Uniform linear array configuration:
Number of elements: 48
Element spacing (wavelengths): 0.5
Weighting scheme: blackman
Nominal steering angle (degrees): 15
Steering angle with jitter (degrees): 16.032
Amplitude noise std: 0.05
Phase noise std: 0.05

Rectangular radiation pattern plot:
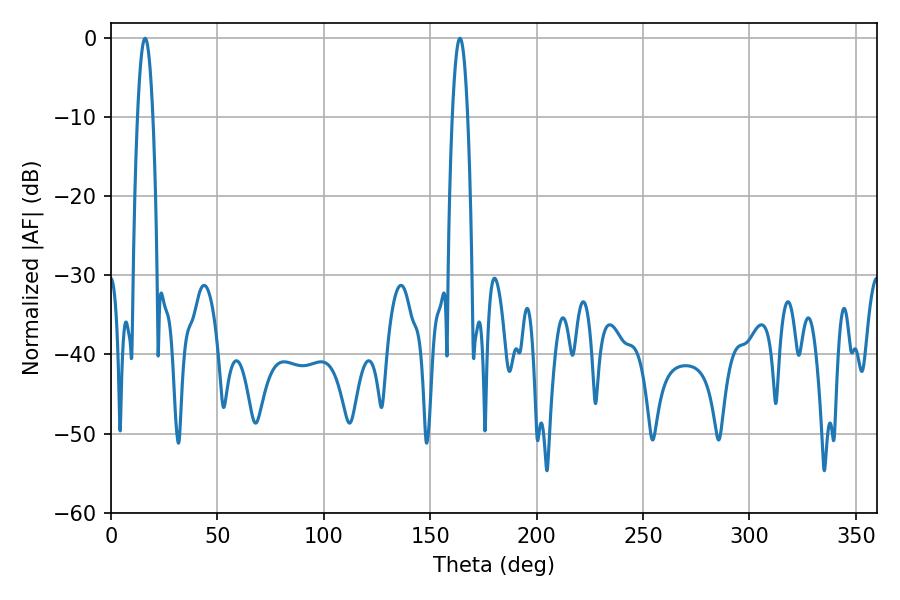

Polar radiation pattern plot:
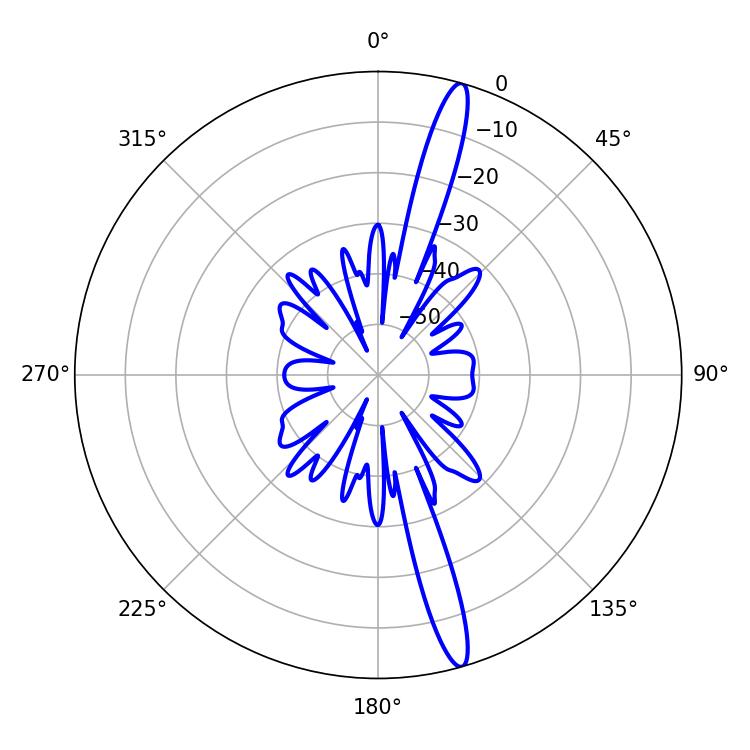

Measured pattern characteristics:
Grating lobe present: FALSE
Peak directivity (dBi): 16.822
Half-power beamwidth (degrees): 3.96
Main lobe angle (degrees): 16.02